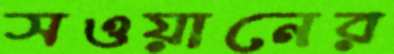
সওয়ানের